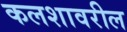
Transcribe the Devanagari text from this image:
कलशावरील